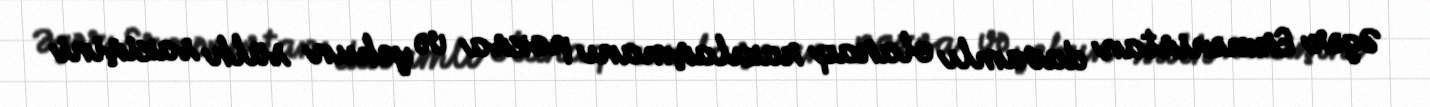
Əgər Ermənistan davamlı olaraq razılaşmanı pozsa və yekun sülh sazişini